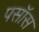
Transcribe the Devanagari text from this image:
पसॉस